Medical and sanitary report of the native army of Bengal for the year
Year: 1874
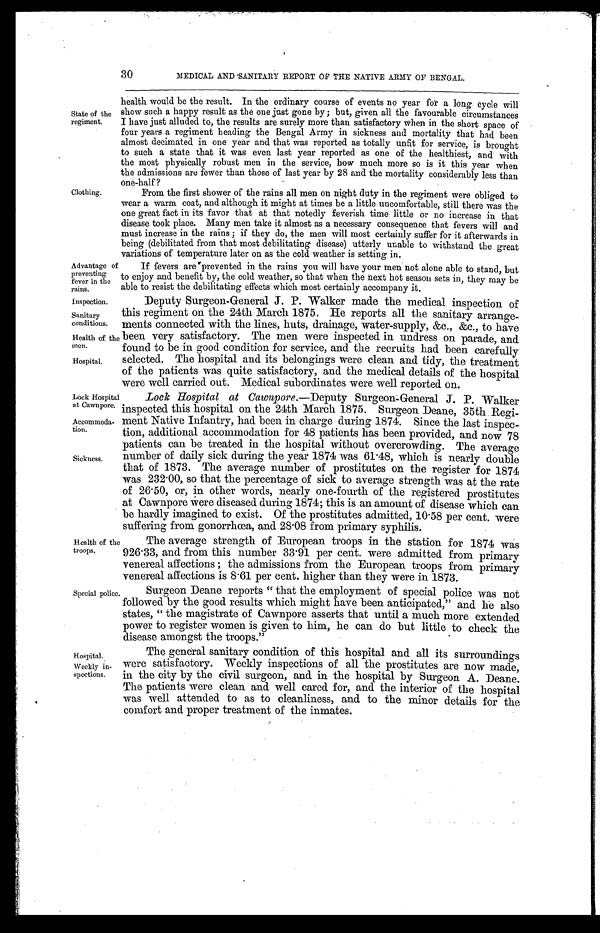
Lock Hospita
at Cawnpore.
Accommoda-
tion.
Sickness.
30
MEDICAL AND SANITARY REPORT OF THE NATIVE ARMY OF BENGAL.
State of the
regiment.
health would be the result. In the ordinary course of events no year for a long cycle will
show such a happy result as the one just gone by ; but, given all the favourable circumstances
I have just alluded to, the results are surely more than satisfactory when in the short space of
four years a regiment heading the Bengal Army in sickness and mortality that had been
almost decimated in one year and that was reported as totally unfit for service, is brought
to such a state that it was even last year reported as one of the healthiest, and with
the most physically robust men in the service, how much more so is it this year when
the admissions are fewer than those of last year by 28 and the mortality considerably less than
o n e h a l f ?
Clothing.
Advantage of
preventing
fever in the
rains.
From the first shower of the rains all men on night duty in the regiment were obliged to
wear a warm coat, and although it might at times be a little uncomfortable, still there was the
one great fact in its favor that at that notedly feverish time, little or no increase in that
disease took place. Many men take it almost as a necessary consequence that fevers will and
must increase in the rains ; if they do, the men will most certainly suffer for it afterwards in
being (debilitated from that most debilitating disease) utterly unable to withstand the great
variations of temperature later on as the cold weather is setting in.
If fevers are prevented in the rains you will have your men not alone able to stand, but
to enjoy and benefit by, the cold weather, so that when the next hot season sets in, they may be
able to resist the debilitating effects which most certainly accompany it.
Inspection.
Sanitary
conditions.
Health of the
men.
Hospital,
Deputy Surgeon-General J. P. Walker made the medical inspection of
this regiment on the 24th March 1875. He reports all the sanitary arrange-
ments connected with the lines, huts, drainage, water-supply, &c., &c., to have
been very satisfactory. The men were inspected in undress on parade, and.
found to be in good condition for service, and the recruits had been carefully
selected. The hospital and its belongings were clean and tidy, the treatment
of the patients was quite satisfactory, and the medical details of the hospital
were well carried out. Medical subordinates were well reported on.
Health of the
troops.
Lock Hospital at Cawnpore.— Deputy Surgeon-General J. P. Walker
inspected this hospital on the 24th March 1875. Surgeon Deane, 35th Regi-
ment Native Infantry, had been in charge during 1874. Since the last inspec-
tion, additional accommodation for 48 patients has been provided, and now 78
patients can be treated in the hospital without overcrowding. The average
number of daily sick during the year 1874 was 61.48, which is nearly double
that of 1873. The average number of prostitutes on the register for 1874
was 232.00, so that the percentage of sick to average strength was at the rate
o f 2 6 . 5 0 , o r , i n o t h e r w o r d s , n e a r l y o n e - f o u r t h o f t h e r e g i s t e r e d p r o s t i t u t e s
at Cawnpore were diseased during 1874; this is an amount of disease which can
be hardly imagined to exist. Of the prostitutes admitted, 10 . 58 per cent. were
suffering from gonorrhoea, and 28 . 08 from primary syphilis.
The average strength of European troops in the station for 1874 was
926.33, and from this number 33.91 per cent. were admitted from primary
venereal affections ; the admissions from the European troops from primary
venereal affections is 8.61 per cent. higher than they were in 1873.
Special police
Hospital.
Weekly in-
spections.
Surgeon Deane reports " that the employment of special police was not
followed by the good results which might have been anticipated," and he also
states, " the magistrate of Cawnpore asserts that until a much more extended
power to register women is given to him, he can do but little to check the
disease amongst the troops."
The general sanitary condition of this hospital and all its surroundings
were satisfactory. Weekly inspections of all the prostitutes are now made,
in the city by the civil surgeon, and in. the hospital by Surgeon A. Deane.
The patients were clean and well cared for, and the interior of the hospital
was well attended to as to cleanliness, and to the minor details for the
comfort and proper treatment of the inmates.